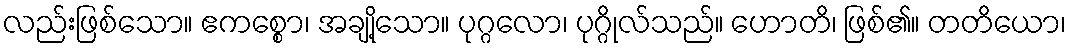
လည်းဖြစ်သော။ ဧကစ္စော၊ အချို့သော။ ပုဂ္ဂလော၊ ပုဂ္ဂိုလ်သည်။ ဟောတိ၊ ဖြစ်၏။ တတိယော၊